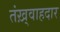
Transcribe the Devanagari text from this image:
तंख़्वाहदार